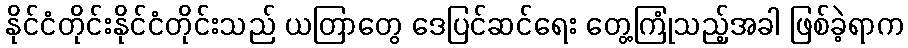
နိုင်ငံတိုင်းနိုင်ငံတိုင်းသည် ယတြာတွေ ဒေပြင်ဆင်ရေး တွေ့ကြုံသည့်အခါ ဖြစ်ခဲ့ရာက